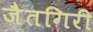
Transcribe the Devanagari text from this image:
जैतगिरी